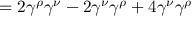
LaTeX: = 2 \gamma ^ { \rho } \gamma ^ { \nu } - 2 \gamma ^ { \nu } \gamma ^ { \rho } + 4 \gamma ^ { \nu } \gamma ^ { \rho }